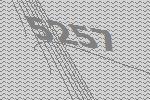
5257